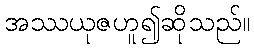
အဿယုဇဟူ၍ဆိုသည်။